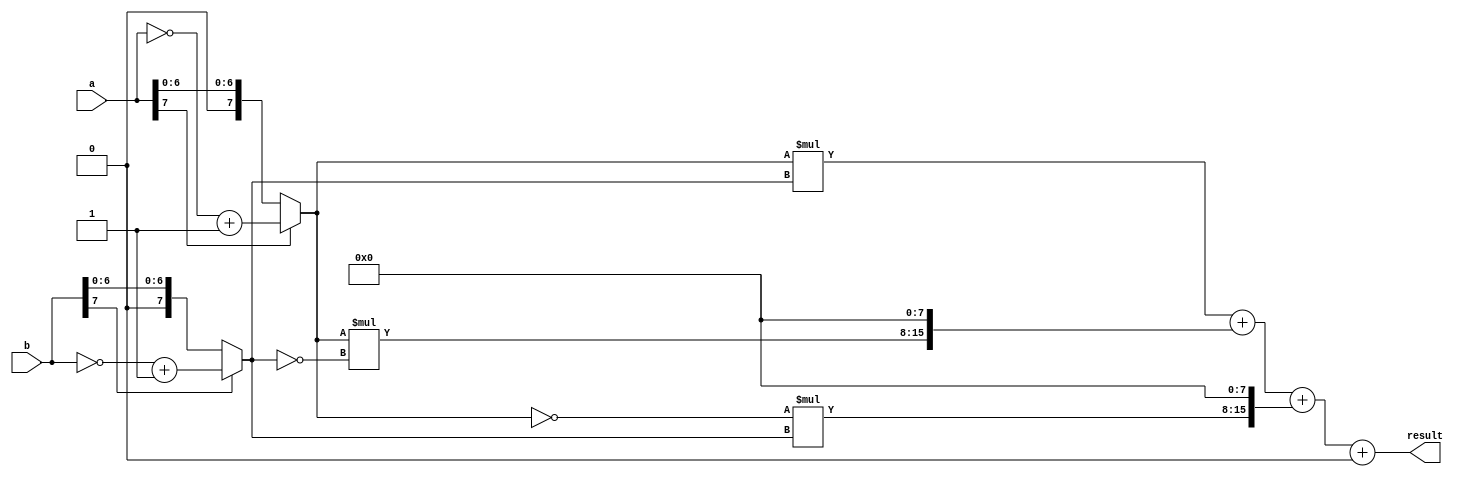
module parallel_booth_multiplier(
    input wire [7:0] a,
    input wire [7:0] b,
    output reg [15:0] result
);

reg [15:0] pp[3:0];
reg [7:0] bx, by;
reg [4:0] count;
reg [15:0] temp;
reg sign;

always @ (a or b)
begin
    bx = a;
    by = b;
    if (a[7] == 1)
        bx = ~a + 1;
    if (b[7] == 1)
        by = ~b + 1;
end

always @ (*)
begin
    pp[0] = bx * by; // First partial product
    pp[1] = {8'b0, bx} * {8'b0, ~by}; // Second partial product
    pp[2] = {8'b0, ~bx} * {8'b0, by}; // Third partial product
    pp[3] = {8'b0, ~bx} * {8'b0, ~by}; // Fourth partial product
end

always @ (*)
begin
    temp = pp[0] + (pp[1] << 8) + (pp[2] << 8) + (pp[3] << 16);
    
    if (temp[31] == 1) // Check sign bit
    begin
        sign = 1;
        result = ~temp + 1;
    end
    else
    begin
        sign = 0;
        result = temp;
    end
end

endmodule